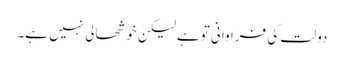
دولت کی فراوانی توہے لیکن خوشحالی نہیں ہے۔